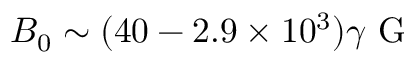
B _ { 0 } \sim ( 4 0 - 2 . 9 \times 1 0 ^ { 3 } ) \gamma \mathrm { ~ G ~ }